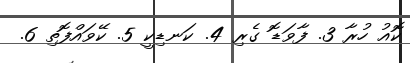
ކޮއު ހުރާ 3. ފާވަޑޮ ގެރި 4. ކަނޑިކީ 5. ކޭވައްފޮތި 6.